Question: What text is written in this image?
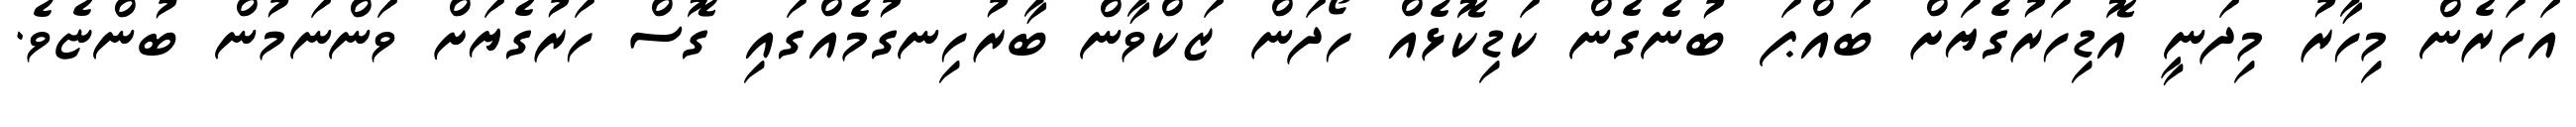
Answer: އަހަރެން މިހާރު މިދަނީ އޮޑިހަރުގެޔަށް ބައްޕަ ބުނެގެން ކަޑިކޮޅެއް ހޯދަން ޒަކްވާން ބާރުހިނގުމެއްގައި ގޮސް ހަރުގެޔަށް ވަންނަމުން ބުންޏެވެ.